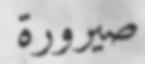
صيرورة